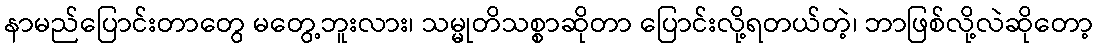
နာမည်ပြောင်းတာတွေ မတွေ့ဘူးလား၊ သမ္မုတိသစ္စာဆိုတာ ပြောင်းလို့ရတယ်တဲ့၊ ဘာဖြစ်လို့လဲဆိုတော့